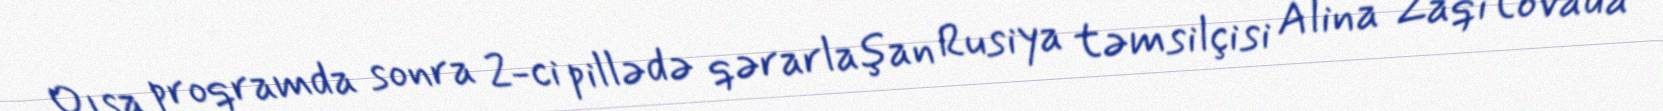
Qısa proqramda sonra 2-ci pillədə qərarlaşan Rusiya təmsilçisi Alina Zaqitovada